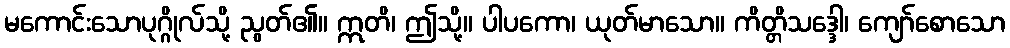
မကောင်းသောပုဂ္ဂိုလ်သို့ ညွတ်၏။ ဣတိ၊ ဤသို့။ ပါပကော၊ ယုတ်မာသော။ ကိတ္တိသဒ္ဒေါ၊ ကျော်စောသော